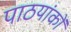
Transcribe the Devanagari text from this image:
पाठयांकों